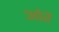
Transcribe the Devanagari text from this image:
ओरें